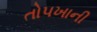
તોપખાની